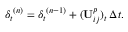
{ \delta _ { t } } ^ { ( n ) } = { \delta _ { t } } ^ { ( n - 1 ) } + ( \mathbf { U } _ { i j } ^ { p } ) _ { t } \, \Delta { t } .